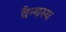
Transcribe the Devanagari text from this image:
वैन्यस्य